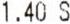
1.40 S